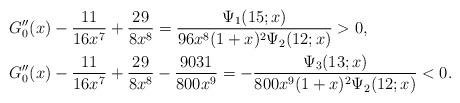
LaTeX: \begin{align*}&G_0''(x)- \frac{11}{16 x^7}+ \frac{29}{8 x^8}=\frac{\Psi_1(15;x)}{96 x^8 (1 + x)^2 \Psi_2(12;x)}>0,\\&G_0''(x)- \frac{11}{16 x^7}+ \frac{29}{8 x^8}-\frac{9031}{800 x^9}=-\frac{\Psi_3(13;x)}{800 x^9 (1 + x)^2\Psi_2(12;x)}<0.\end{align*}